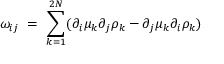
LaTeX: \omega _ { i j } \ = \ \sum _ { k = 1 } ^ { 2 N } ( \partial _ { i } \mu _ { k } \partial _ { j } \rho _ { k } - \partial _ { j } \mu _ { k } \partial _ { i } \rho _ { k } )